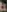
: